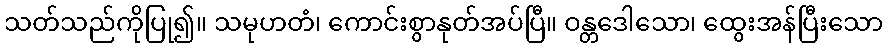
သတ်သည်ကိုပြု၍။ သမုဟတံ၊ ကောင်းစွာနုတ်အပ်ပြီ။ ဝန္တဒေါသော၊ ထွေးအန်ပြီးသော